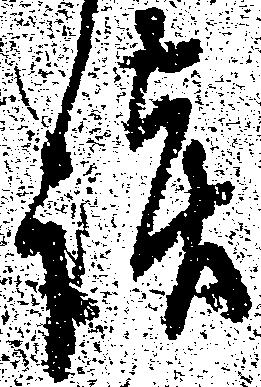
談